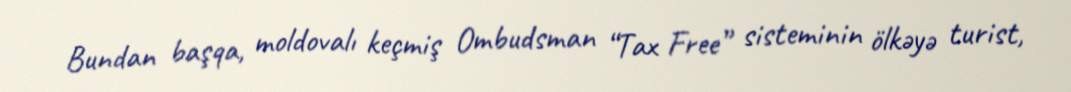
Bundan başqa, moldovalı keçmiş Ombudsman “Tax Free” sisteminin ölkəyə turist,